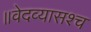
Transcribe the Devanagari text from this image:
॥वेदव्यासश्च